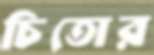
চিতোর